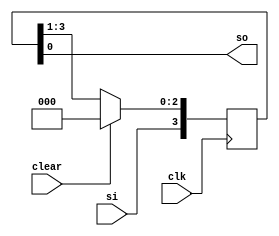
`timescale 1ns / 1ps
//////////////////////////////////////////////////////////////////////////////////
// Company: 
// Engineer: 
// 
// Design Name: 
// Module Name: SISO_REG
// Project Name: 
// Target Devices: 
// Tool Versions: 
// Description: 
// 
// Dependencies: 
// 
// Revision:
// Revision 0.01 - File Created
// Additional Comments:
// 
//////////////////////////////////////////////////////////////////////////////////


module SISO_REG(
    input clk,
    input si,
    input clear,
    output so
    );
    reg [3:0] tmp;
    always@(posedge clk)
    begin
    if(clear)
    tmp <=4'b0000;
    else
    tmp <= tmp >>1;
    tmp[3] <= si;
    end
    assign so = tmp;
endmodule